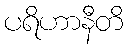
ပရိဟာနီတိ